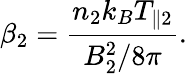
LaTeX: \beta_{2}=\frac{n_{2}k_{B}T_{\parallel 2}}{B_{2}^{2}/8\pi}.